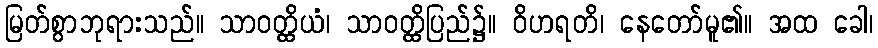
မြတ်စွာဘုရားသည်။ သာဝတ္ထိယံ၊ သာဝတ္ထိပြည်၌။ ဝိဟရတိ၊ နေတော်မူ၏။ အထ ခေါ၊